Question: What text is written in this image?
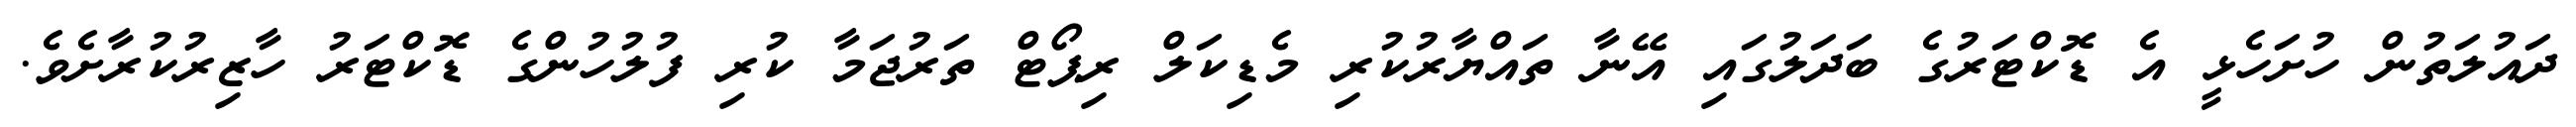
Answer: ދައުލަތުން ހުށަހެޅީ އެ ޑޮކްޓަރުގެ ބަދަލުގައި އޭނާ ތައްޔާރުކުރި މެޑިކަލް ރިޕޯޓް ތަރުޖަމާ ކުރި ފުލުހުންގެ ޑޮކްޓަރު ހާޒިރުކުރާށެވެ.